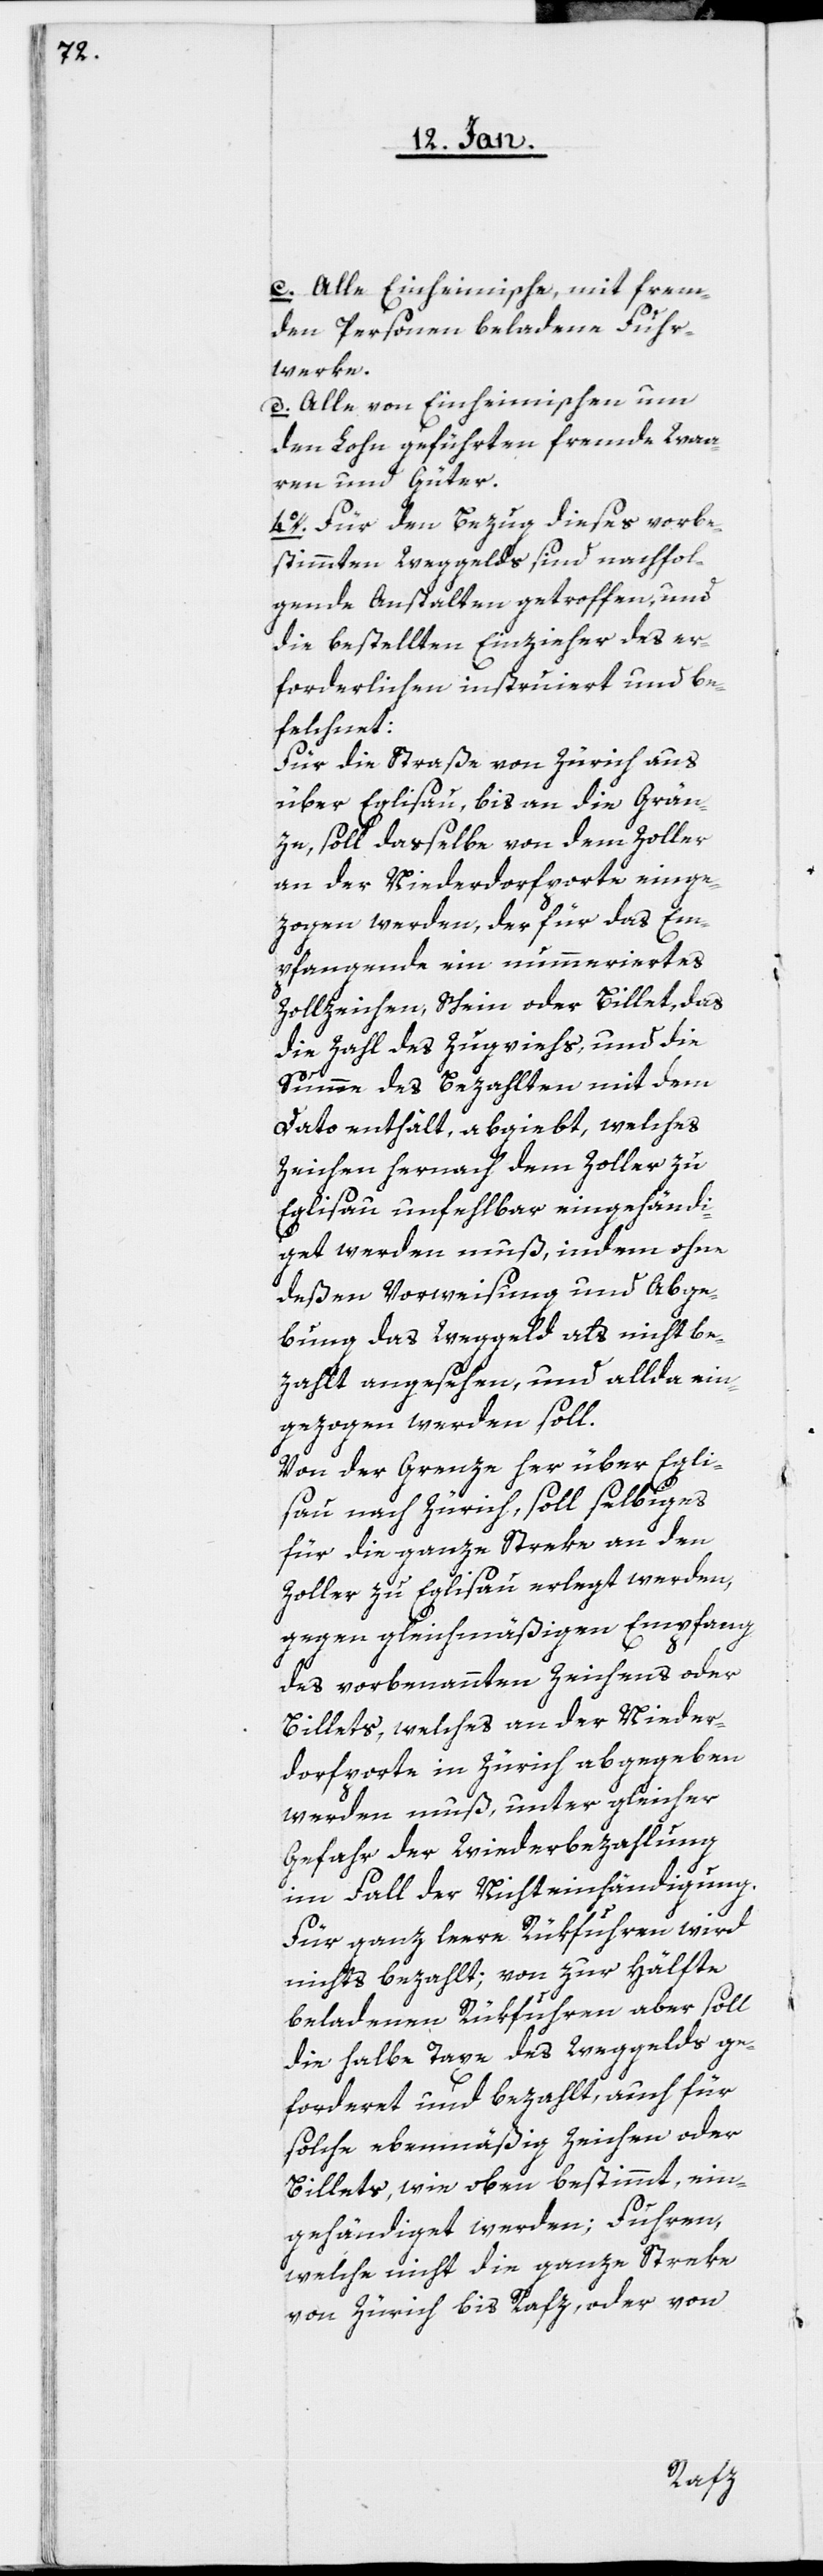
c. Alle Einheimische, mit frem¬
den Personen beladene Fuhr¬
werke.
d. Alle von Einheimische um
den Lohn geführten fremde Waa¬
ren und Güter.
4o. Für den Bezug dieses vorbe¬
stimmten Weggelds sind nachfol¬
gende Anstalten getroffen, und
die bestellten Einzieher des er¬
forderlichen instruiert und be¬
felchnet:
Für die Straße von Zürich aus
über Eglisau, bis an die Grän¬
ze, soll derselbe von dem Zoller
an der Niederdorfporte einge¬
zogen werden, der für das Em¬
pfangende ein nummeriertes
Zollzeichen, Schein oder Billet, das
die Zahl des Zugviehs, und die
Summe des Bezahlten mit dem
Dato enthält, abgiebt, welches
Zeichen hernach dem Zoller zu
Eglisau unfehlbar eingehändi¬
get werden muß, indem ohne
deßen Vorweisung und Abge¬
bung das Weggeld als nicht be¬
zahlt angesehen, und allda ein¬
gezogen werden soll.
Von der Grenze her über Egli¬
sau nach Zürich, soll selbiges
für die ganze Streke an den
Zoller zu Eglisau erlegt werden,
gegen gleichmäßigen Empfang
des vorbenannten Zeichens oder
Billets, welches an der Nieder¬
dorfporte in Zürich abgegeben
werden muß, unter gleicher
Gefahr der Wiederbezahlung
im Fall der Nichteinhändigung.
Für ganz leere Rükfuhren wird
nichts bezahlt; von zur Hälfte
beladenen Rükfuhren aber soll
die halbe Taxe des Weggelds ge¬
forderet und bezahlt, auch für
solche ebenmäßig Zeichen oder
Billets, wie oben bestimmt, ein¬
gehändiget werden; Fuhren,
welche nicht die ganze Streke
von Zürich bis Rafz, oder von